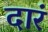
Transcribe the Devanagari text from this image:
दारं